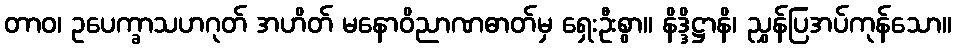
တာဝ၊ ဥပေက္ခာသဟဂုတ် အဟိတ် မနောဝိညာဏဓာတ်မှ ရှေးဦးစွာ။ နိဒ္ဒိဋ္ဌာနိ၊ ညွှန်ပြအပ်ကုန်သော။